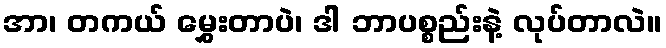
အာ၊ တကယ် မွှေးတာပဲ၊ ဒါ ဘာပစ္စည်းနဲ့ လုပ်တာလဲ။